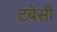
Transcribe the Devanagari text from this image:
टबेसी